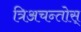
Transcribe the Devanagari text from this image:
त्रिअचन्तोस्